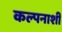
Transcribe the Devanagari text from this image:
कल्पनाशी